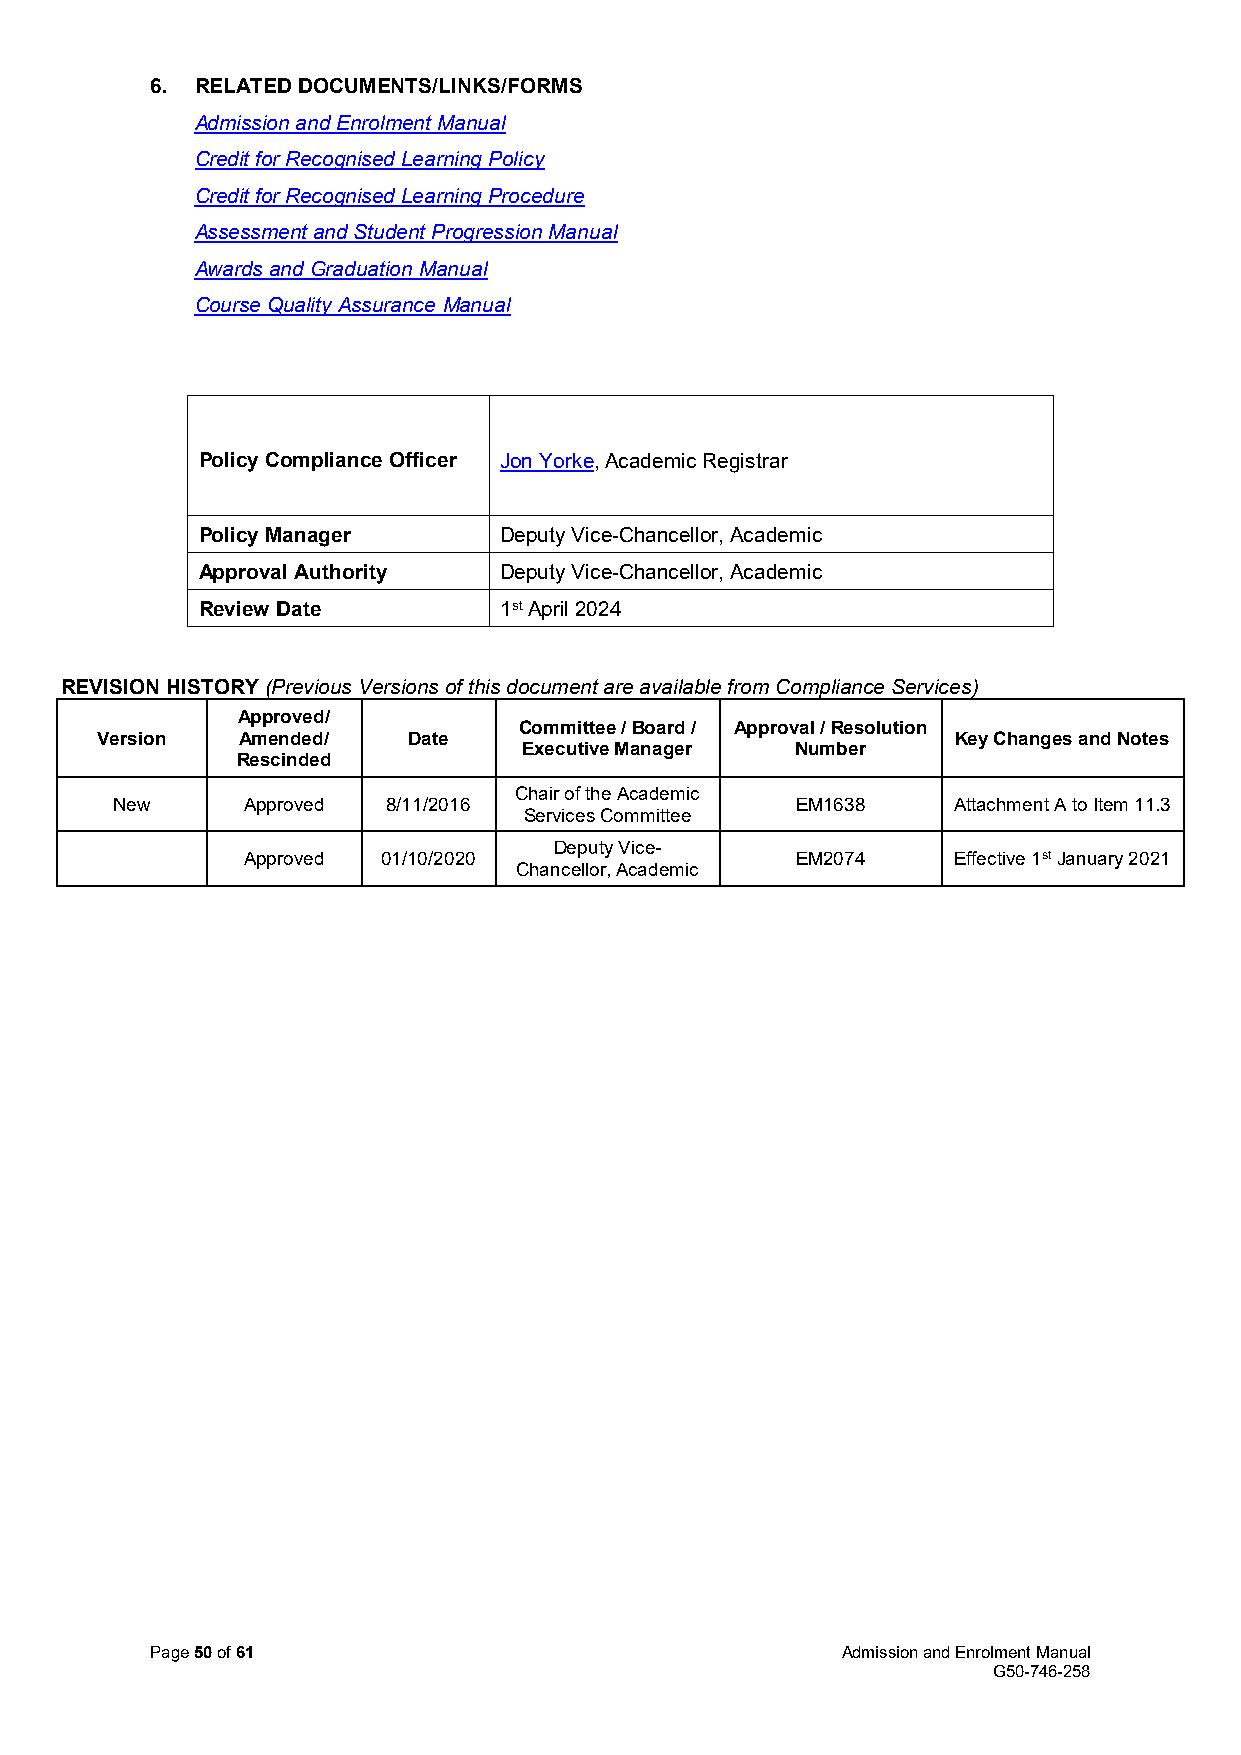
6. RELATED DOCUMENTS/LINKS/FORMS
 Admission and Enrolment Manual
 Credit for Recognised Learning Policy
 Credit for Recognised Learning Procedure
 Assessment and Student Progression Manual
 Awards and Graduation Manual
 Course Quality Assurance Manual
 Policy Compliance Officer Jon Yorke, Academic Registrar
 Policy Manager      Deputy Vice-Chancellor, Academic
 Approval Authority  Deputy Vice-Chancellor, Academic
 Review Date         1st April 2024
 REVISION HISTORY (Previous Versions of this document are available from Compliance Services)
 Approved/
 Committee / Board / Approval / Resolution
 Version   Amended/   Date                                Key Changes and Notes
 Executive Manager Number
 Rescinded
 Chair of the Academic
 New      Approved  8/11/2016                  EM1638    Attachment A to Item 11.3
 Services Committee
 Deputy Vice-
 Approved 01/10/2020                  EM2074    Effective 1st January 2021
 Chancellor, Academic
 Page 50 of 61                                 Admission and Enrolment Manual
 G50-746-258